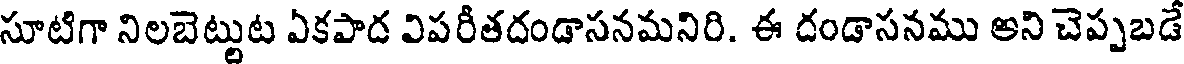
సూటిగా నిలబెట్టుట ఏకపాద విపరీతదండాసనమనిరి. ఈ దండాసనము అని చెప్పబడే